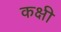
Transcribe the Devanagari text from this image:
कक्षी